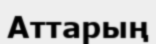
Аттарың